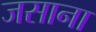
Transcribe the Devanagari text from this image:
जसाना